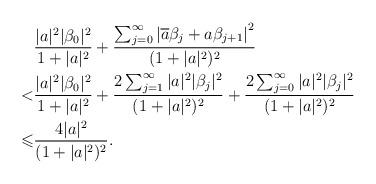
LaTeX: \begin{align*}&\frac{|a|^2|\beta_0|^2}{1+|a|^2}+\frac{\sum_{j=0}^{\infty}\left|\overline{a}\beta_j+a\beta_{j+1}\right|^2}{(1+|a|^2)^2}\\<&\frac{|a|^2|\beta_0|^2}{1+|a|^2}+\frac{2\sum_{j=1}^{\infty}|a|^2|\beta_j|^2}{(1+|a|^2)^2}+\frac{2\sum_{j=0}^{\infty}|a|^2|\beta_j|^2}{(1+|a|^2)^2}\\\leqslant&\frac{4|a|^2}{(1+|a|^2)^2}.\end{align*}